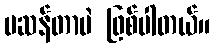
မဆန်တာပဲ ဖြစ်ပါတယ်။